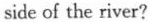
side of the river?